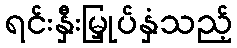
ရင်းနှီးမြှုပ်နှံသည့်